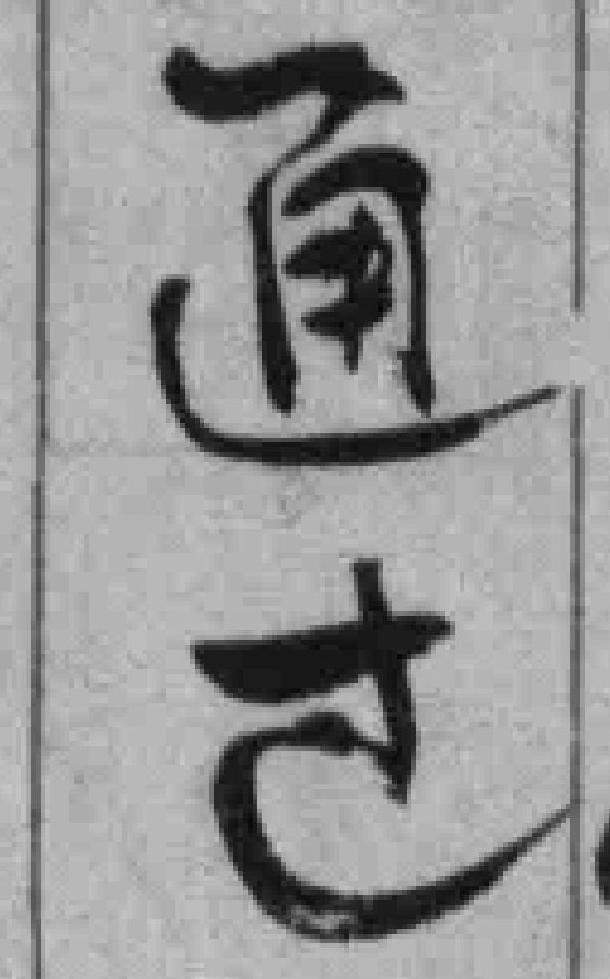
通过